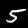
Digit: 5